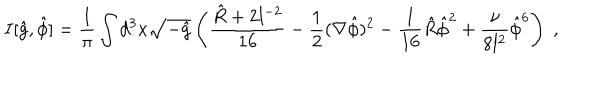
LaTeX: I [ \hat { g } , \hat { \phi } ] = \frac { 1 } { \pi } \int d ^ { 3 } x \sqrt { - \hat { g } } \left( \frac { \hat { R } + 2 l ^ { - 2 } } { 1 6 } - \frac { 1 } { 2 } ( \nabla \hat { \phi } ) ^ { 2 } - \frac { 1 } { 1 6 } \hat { R } \hat { \phi } ^ { 2 } + \frac { \nu } { 8 l ^ { 2 } } \hat { \phi } ^ { 6 } \right) \; ,